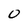
Character: 0